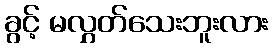
ခွင့် မလွှတ်သေးဘူးလား